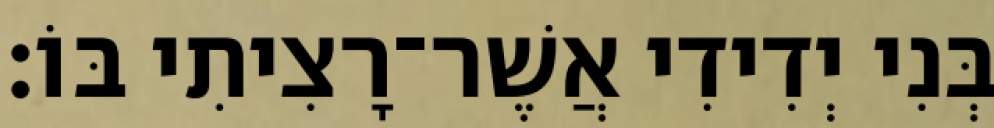
בְּנִי יְדִידִי אֲשֶׁר־רָצִיתִי בּוֹ׃